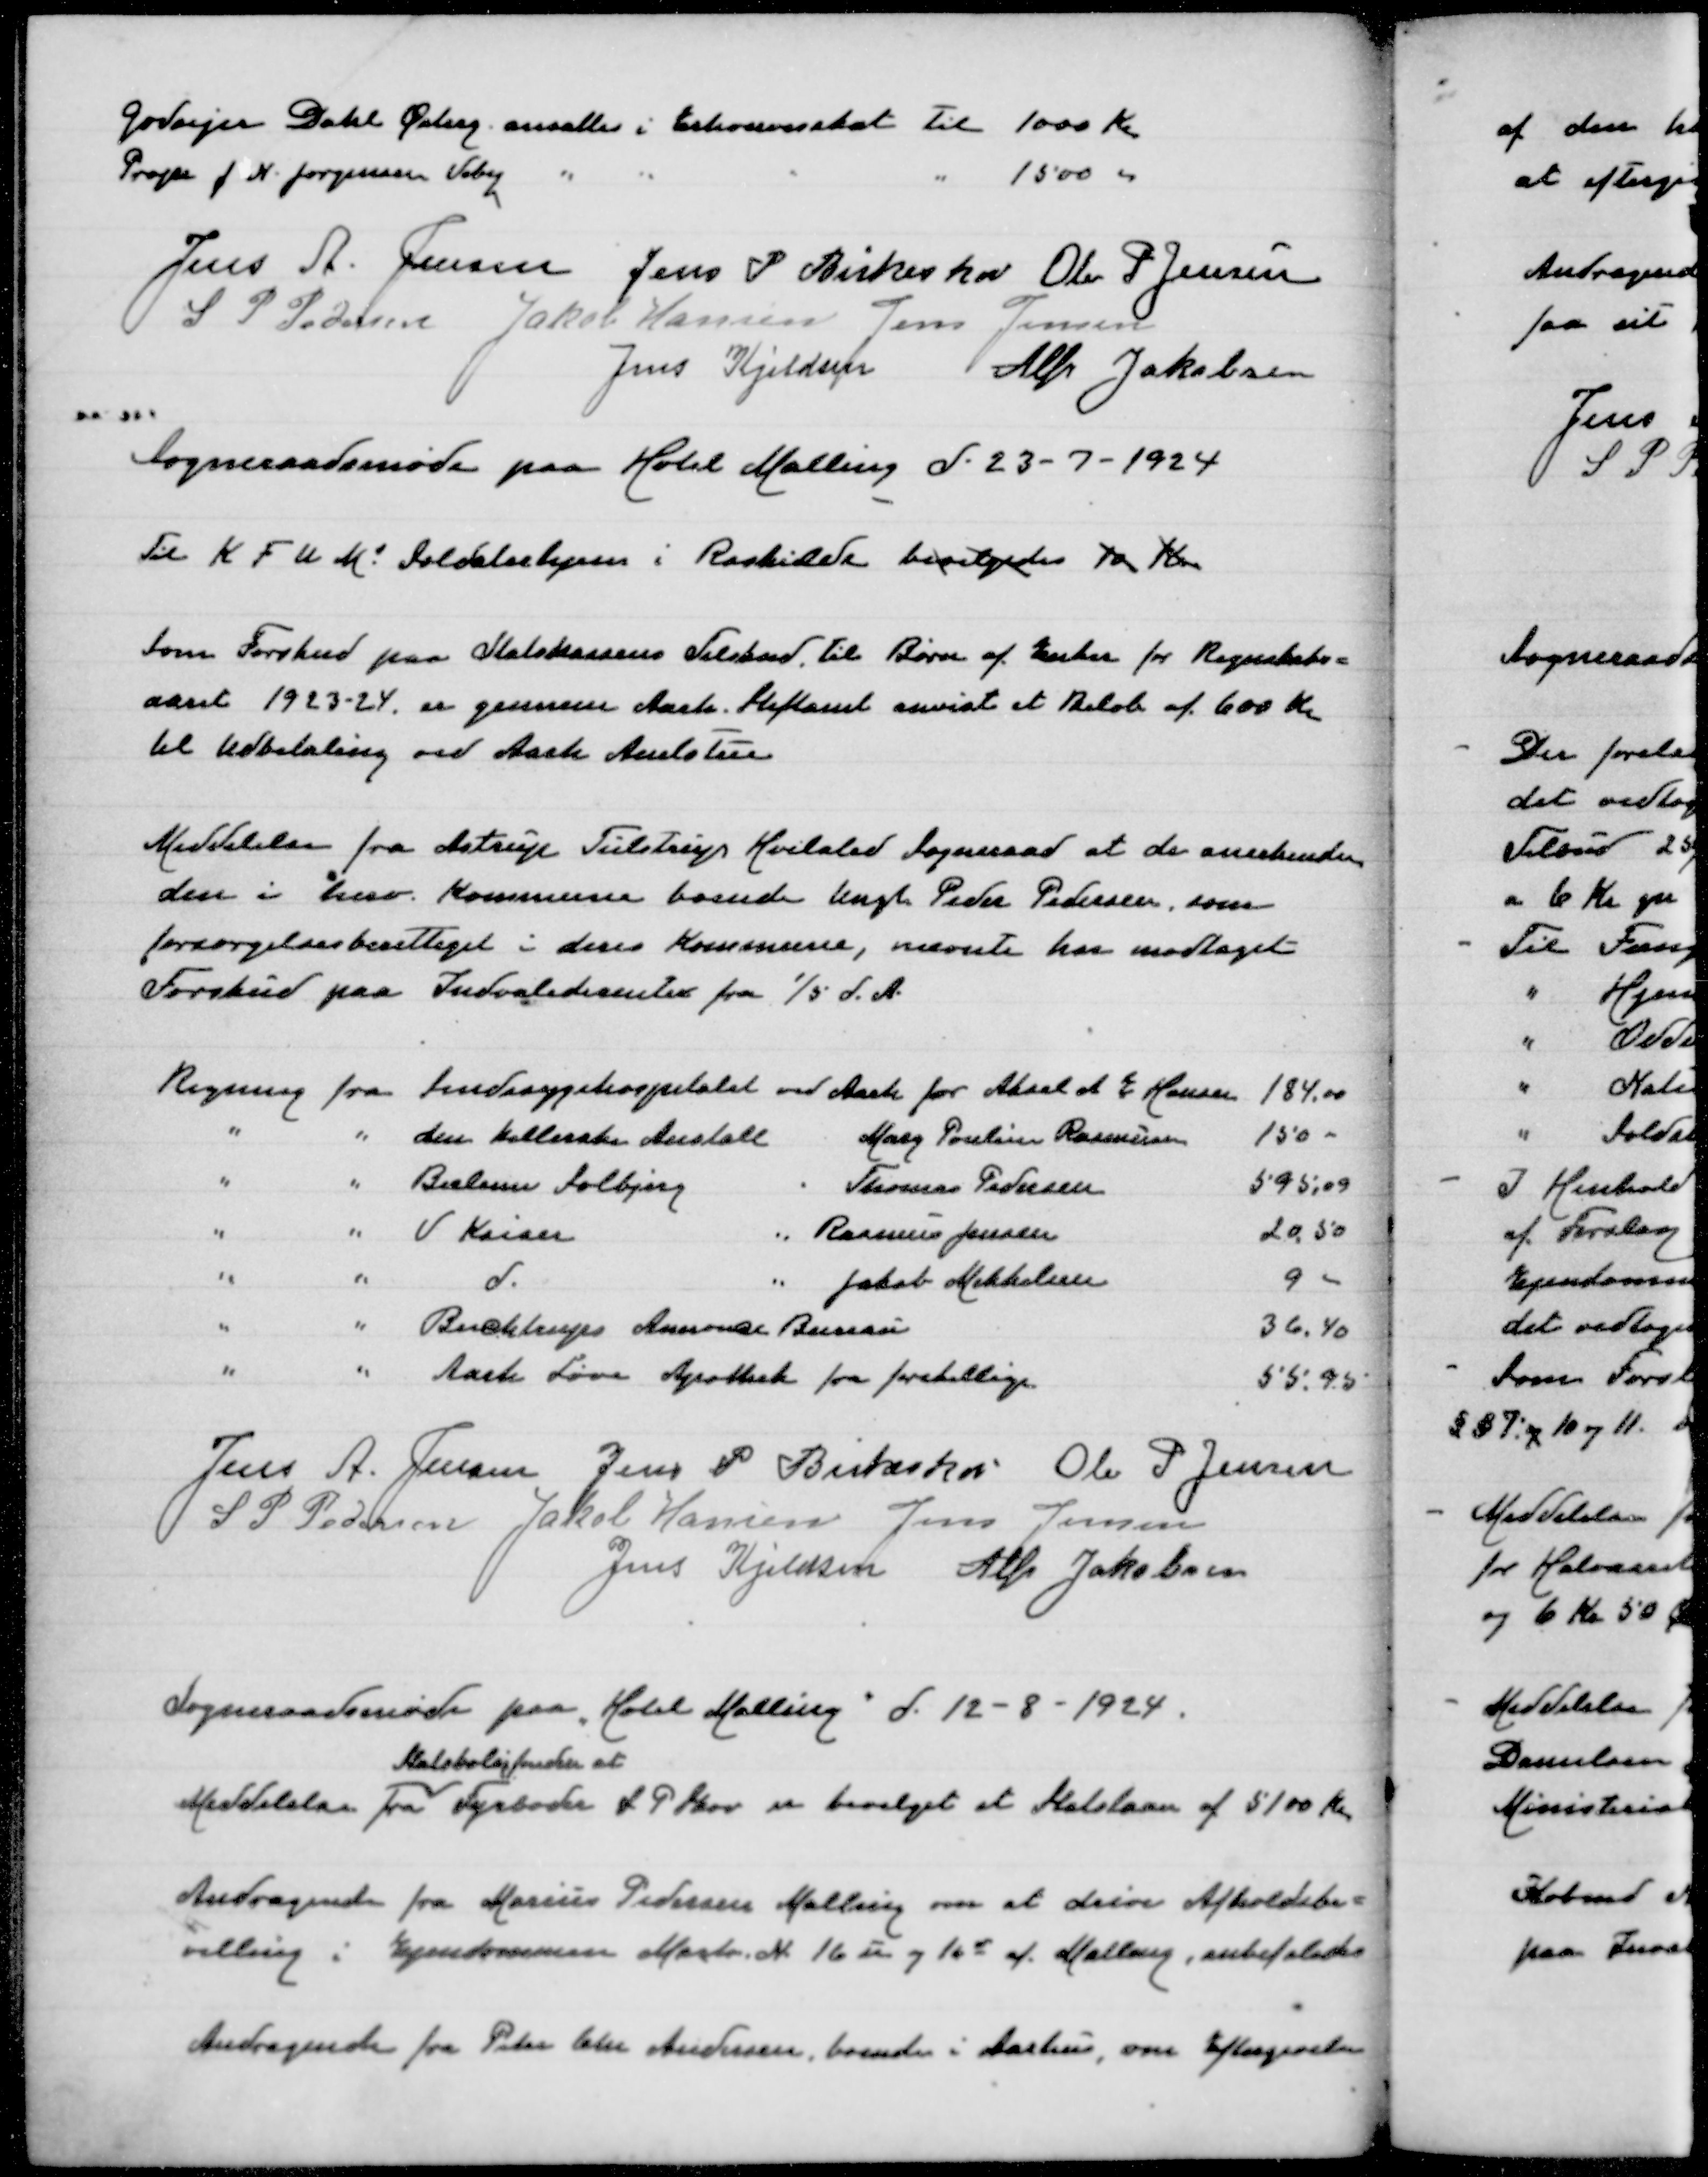
Transskription:
Godsejer Dahl Østerg ansættes i Erhvervsskat til 1000 Kr
Proprietær J N Jørgensen " " " " 1500 "

Jens A Jensen
Jens P Birkeskov
Ole P Jensen
S P Pedersen
Jakob Hansen
Jens Jensen
Jens Kjeldsen
Alfr Jakobsen

Sogneraadsmøde paa Hotel Malling d 23-7-1924
Til K F U Ms Soldaterhjem i Roskilde Bevilgedes 10 Kr

Som Forskud paa Statskassens Tilskud til Børn af Enker for Regnskabs=
aaret 1923-24 er gennem Aarh Stiftamt anvist et Beløb af 600 Kr
til Udbetaling ved Aarh Amtstue

Meddelelse fra Astrup Tulstrup Hvilsted Sogneraad at de anerkender
den i herv Kommune boende Ungk Peder Pedersen som
forsorgsberettiget i deres Kommune, nævnte har modtaget
Forskud paa Invaliderenter fra 1/5 d A

Regning fra Sindssygehospitalet ved Aarh for Aksel E Hansen
184,00
" " den Kellerske Anstalt Marg Pouline Rasmussen
150,00
" " Bælum Solbjerg " Thomas Pedersen
595,09
" " V Kaiser " Rasmus Jensen
20,50
" " d " Jakob Mikkelsen
9,00
" " Busktrups Annonce Bureau
36,40
" " Aarh Løveapotek for forskellige
55,95

Jens A Jensen
Jens P Birkeskov
Ole P Jensen
S P Pedersen
Jakob Hansen
Jens Jensen
Jens Kjeldsen
Alfr Jakobsen

Sogneraadsmøde paa "Hotel Malling" d 12-8-1924
Statsboligfonden at
Meddelelse fra Fyrbøder L P Skov er bevilget et Statslaan af 5100 Kr
Andragende fra Marius Pedersen Malling om at drive Afholdsbe=
villing i Ejendommen 16u og 16v Malling, anbefaledes
Andragende fra Peder Chr Andersen boende i Aarhus, om Eftergivelse